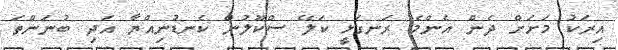
އިރަކު މަށަށް ދެން އެންމެ ރަނގަޅީ ކަލޭޭ ސްކޫލުން ކެނޑުނިއްޔާ އަދި ބުނަންތަ